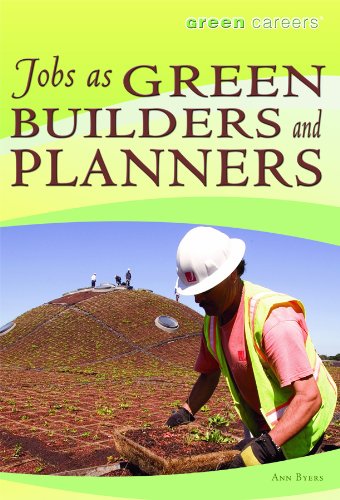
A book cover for Jobs as Green Builders and Planners (Green Careers); Ann Byers; Teen & Young Adult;